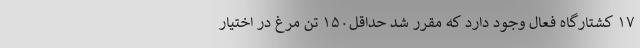
۱۷ کشتارگاه فعال وجود دارد که مقرر شد حداقل۱۵۰ تُن مرغ در اختیار